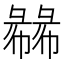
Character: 㣈